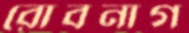
রোবনাগ